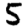
Digit: 5